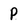
Character: P